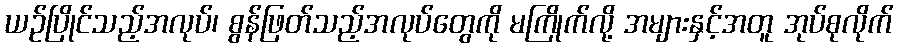
ယဉ်ပြိုင်သည့်အလုပ်၊ စွန်ဖြတ်သည့်အလုပ်တွေကို မကြိုက်လို့ အများနှင့်အတူ အုပ်စုလိုက်